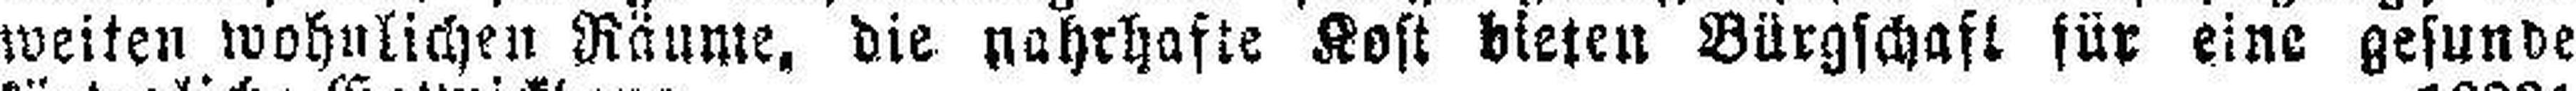
weiten wohnlichen Räume, die nahrhafte Kost bieten Bürgschaft für eine gesunde